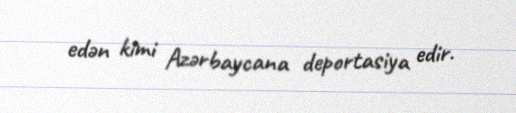
edən kimi Azərbaycana deportasiya edir.